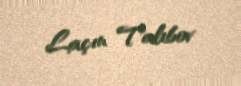
Laçın Talıbov